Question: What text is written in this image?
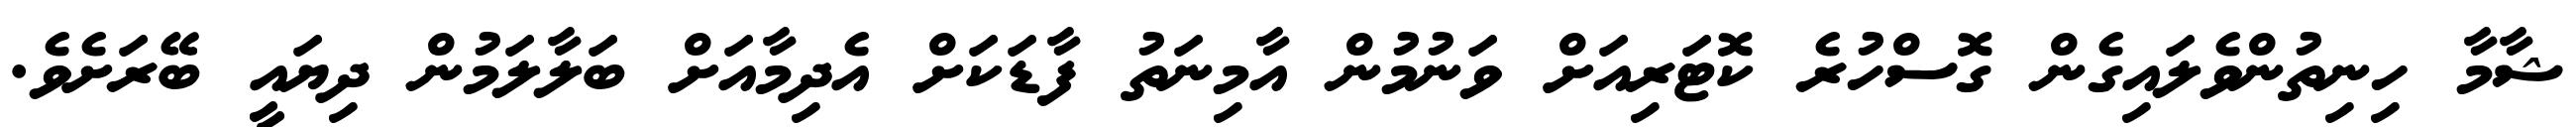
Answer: ޝާމާ ހިނިތުންވެލައިގެން ގޮސްހުރެ ކޮޓަރިއަށް ވަނުމުން އާމިނަތު ފާޑަކަށް އެދިމާއަށް ބަލާލަމުން ދިޔައީ ބޭރަށެވެ.